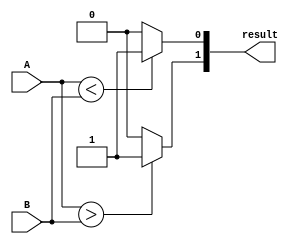
module four_bit_comparator (
   input [3:0] A,
   input [3:0] B,
   output [1:0] result
);

assign result[1] = (A > B) ? 1 : 0;
assign result[0] = (A < B) ? 1 : 0;

endmodule